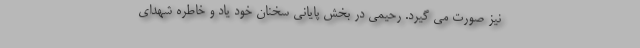
نیز صورت می گیرد. رحیمی در بخش پایانی سخنان خود یاد و خاطره شهدای